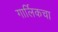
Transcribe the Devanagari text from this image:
गार्लिकचा